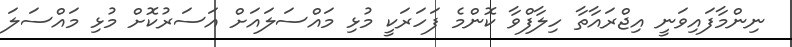
ނިންމާފައިވަނީ އިޖްރައާތާ ހިލާފްވާ ކޮންމެ ފަހަރަކީ މުޅި މައްސަލައަށް އަސަރުކޮށް މުޅި މައްސަލަ